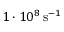
1 \cdot 1 0 ^ { 8 } \, \mathrm { s } ^ { - 1 }